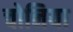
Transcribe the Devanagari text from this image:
चोनिया